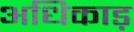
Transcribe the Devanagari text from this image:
अधिकाड़